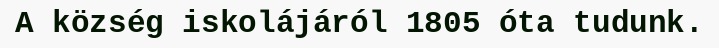
A község iskolájáról 1805 óta tudunk.